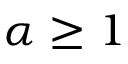
\alpha \geq 1